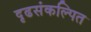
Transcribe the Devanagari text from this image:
दृढसंकल्पित